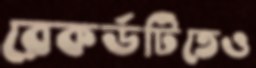
রেকর্ডটিতেও